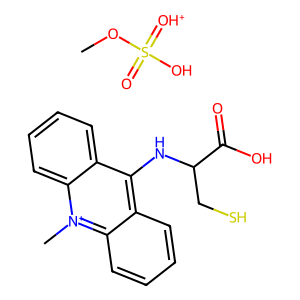
SMILES: COS(=O)(O)=[OH+].C[n+]1c2ccccc2c(NC(CS)C(=O)O)c2ccccc21
Inhibits HIV replication: No